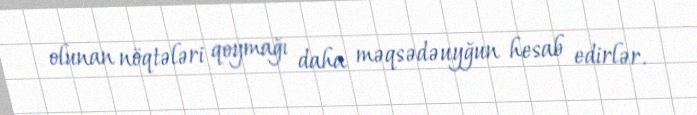
olunan nöqtələri qoymağı daha məqsədəuyğun hesab edirlər.